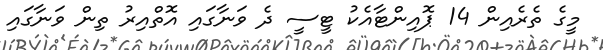
މީގެ ތެރެއިން 14 ޕޮއިންޓާއެކު ޓީސީ ދެ ވަނާގައި އޮތްއިރު ތިން ވަނާގައި